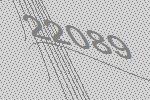
22089